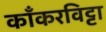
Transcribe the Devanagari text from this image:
काँकरविट्टा